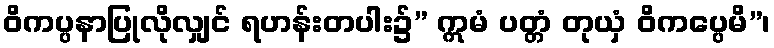
ဝိကပ္ပနာပြုလိုလျှင် ရဟန်းတပါး၌” ဣမံ ပတ္တံ တုယှံ ဝိကပ္ပေမိ”၊